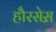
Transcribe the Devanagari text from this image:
हौरसेस़